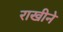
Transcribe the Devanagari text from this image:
राखीने